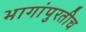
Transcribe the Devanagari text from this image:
भागांपुरतीच